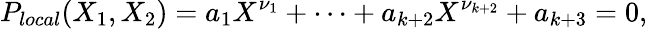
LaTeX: P_{local}(X_{1},X_{2})=a_{1}X^{\nu_{1}}+\cdots+a_{k+2}X^{\nu_{k+2}}+a_{k+3}=0,